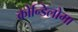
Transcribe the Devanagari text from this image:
कोन्डिलोमा